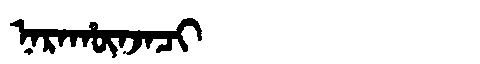
Manchu: ᠨᠠᡵᠠᡥᡡᠨᠵᠠᠴᡳ
Romanization: NARAHŪNJACI